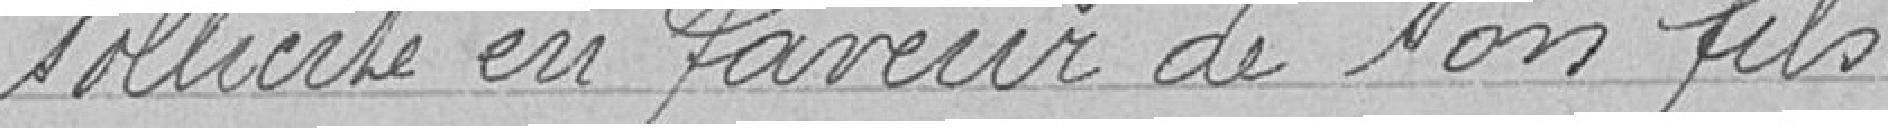
sollicite en faveur de son fils.